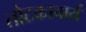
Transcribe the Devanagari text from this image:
तोटकाचार्य